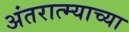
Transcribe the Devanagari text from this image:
अंतरात्म्याच्या